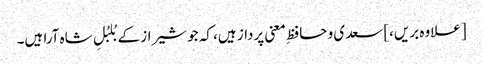
[علاوہ بریں،] سعدی و حافظِ معنی پرداز ہیں، کہ جو شیراز کے بُلبُلِ شاہ آرا ہیں۔